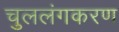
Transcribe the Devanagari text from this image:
चुललंगकरण